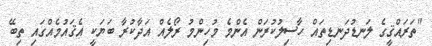
"ތަރައްޤީގެ ލަނޑުދަނޑިތައް ހާސިލުކުރަން އެންމެ މުހިންމު ރޯލެއް އަދާކުރާ ބަޔަކީ އެޤައުމެއްގައި ތިބޭ